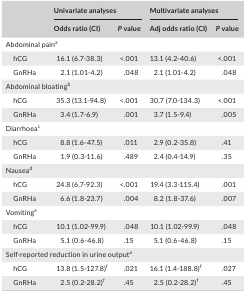
<table><thead><tr><td rowspan="2"></td><td colspan="2"><b>Univariate analyses</b></td><td colspan="2"><b>Multivariate analyses</b></td></tr><tr><td><b>Odds ratio (CI)</b></td><td><b><i>P</i> value</b></td><td><b>Adj odds ratio (CI)</b></td><td><b><i>P</i> value</b></td></tr></thead><tbody><tr><td colspan="5">Abdominal paina</td></tr><tr><td>hCG</td><td>16.1 (6.7‐38.3)</td><td>&lt;.001</td><td>13.1 (4.2‐40.6)</td><td>&lt;.001</td></tr><tr><td>GnRHa</td><td>2.1 (1.01‐4.2)</td><td>.048</td><td>2.1 (1.01‐4.2)</td><td>.048</td></tr><tr><td colspan="5">Abdominal bloatingb</td></tr><tr><td>hCG</td><td>35.3 (13.1‐94.8)</td><td>&lt;.001</td><td>30.7 (7.0‐134.3)</td><td>&lt;.001</td></tr><tr><td>GnRHa</td><td>3.4 (1.7‐6.9)</td><td>.001</td><td>3.7 (1.5‐9.4)</td><td>.005</td></tr><tr><td colspan="5">Diarrhoeac</td></tr><tr><td>hCG</td><td>8.8 (1.6‐47.5)</td><td>.011</td><td>2.9 (0.2‐35.8)</td><td>.41</td></tr><tr><td>GnRHa</td><td>1.9 (0.3‐11.6)</td><td>.489</td><td>2.4 (0.4‐14.9)</td><td>.35</td></tr><tr><td colspan="5">Nausead</td></tr><tr><td>hCG</td><td>24.8 (6.7‐92.3)</td><td>&lt;.001</td><td>19.4 (3.3‐115.4)</td><td>.001</td></tr><tr><td>GnRHa</td><td>6.6 (1.8‐23.7)</td><td>.004</td><td>8.2 (1.8‐37.6)</td><td>.007</td></tr><tr><td colspan="5">Vomitinge</td></tr><tr><td>hCG</td><td>10.1 (1.02‐99.9)</td><td>.048</td><td>10.1 (1.02‐99.9)</td><td>.048</td></tr><tr><td>GnRHa</td><td>5.1 (0.6‐46.8)</td><td>.15</td><td>5.1 (0.6‐46.8)</td><td>.15</td></tr><tr><td colspan="5">Self‐reported reduction in urine outputa</td></tr><tr><td>hCG</td><td>13.8 (1.5‐127.8)f</td><td>.021</td><td>16.1 (1.4‐188.8)f</td><td>.027</td></tr><tr><td>GnRHa</td><td>2.5 (0.2‐28.2)f</td><td>.45</td><td>2.5 (0.2‐28.2)f</td><td>.45</td></tr></tbody></table>